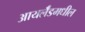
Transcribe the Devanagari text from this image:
आयर्लॅडमधील